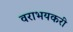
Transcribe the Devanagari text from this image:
वराभयकरी